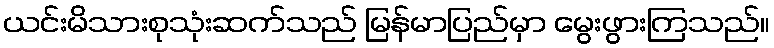
ယင်းမိသားစုသုံးဆက်သည် မြန်မာပြည်မှာ မွေးဖွားကြသည်။